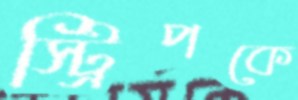
স্ট্রিপকে